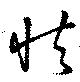
怯